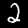
Label: 2